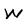
Character: W